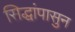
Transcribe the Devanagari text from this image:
सिद्धांपासुन